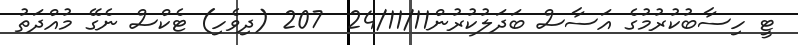
ޓީ ހިސާބުކުރުމުގެ އަސާސް ބަދަލުކުރުން24/11/11  207 (ދިވެހި) ޓެކްސް ނެގޭ މުއްދަތު